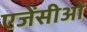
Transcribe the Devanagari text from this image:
एजेंसीओं